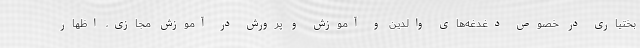
بختیاری در خصوص دغدغه‌های والدین و آموزش و پرورش در آموزش مجازی، اظهار